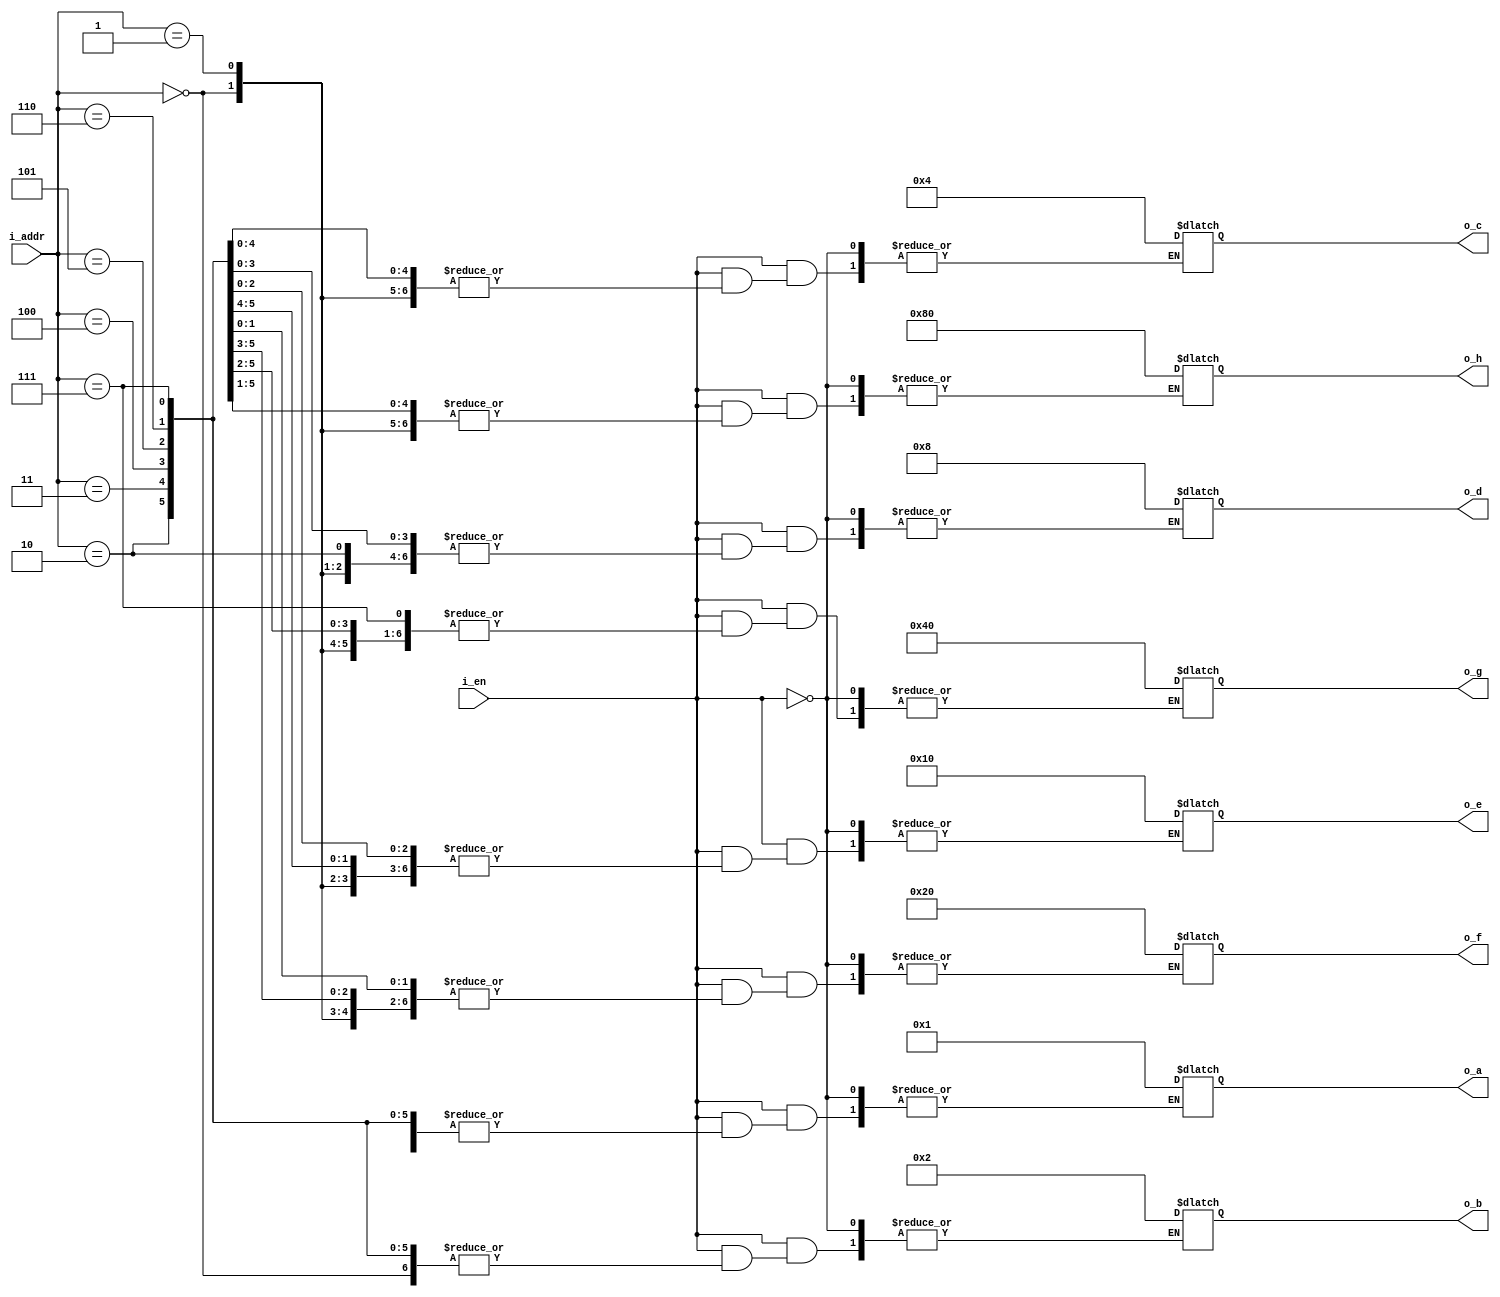
`timescale 1ns/1ps
module decoder #(
			parameter ADDR_WIDTH = 3,
			parameter DATA_WIDTH = 8
		)
		(
			input 		    [ADDR_WIDTH-1:0]i_addr,
			input                           i_en,
			output 	reg 	[DATA_WIDTH-1:0]o_a,o_b,o_c,o_d,o_e,o_f,o_g,o_h
		);


always@(i_addr or i_en)
    begin
    if(i_en) begin
        case(i_addr)
	    3'b000  : o_a = 8'b00000001;
	    3'b001  : o_b = 8'b00000010;
	    3'b010  : o_c = 8'b00000100;
	    3'b011  : o_d = 8'b00001000;
	    3'b100  : o_e = 8'b00010000;
	    3'b101  : o_f = 8'b00100000;
	    3'b110  : o_g = 8'b01000000;
	    3'b111  : o_h = 8'b10000000;
	    //default : o_en = 8'b00000000;
	endcase
    end
 end
endmodule